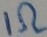
Text: 1Ω